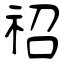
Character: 祒